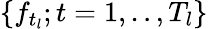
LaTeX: \{ f_{t_{l}};t=1,..,T_{l}\}